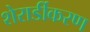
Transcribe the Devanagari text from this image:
शेरार्डीकरण